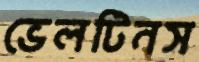
ভেলটিনস